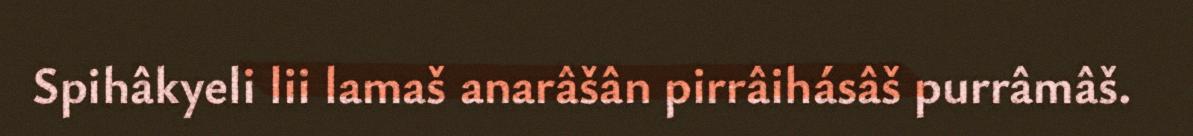
Spihâkyeli lii lamaš anarâšân pirrâihásâš purrâmâš.